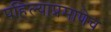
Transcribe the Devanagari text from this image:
पहिल्याप्रमाणेच